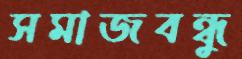
সমাজবন্ধু